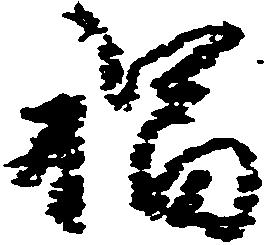
福